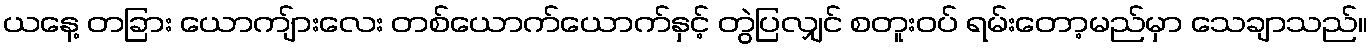
ယနေ့ တခြား ယောကျ်ားလေး တစ်ယောက်ယောက်နှင့် တွဲပြလျှင် စတူးဝပ် ရမ်းတော့မည်မှာ သေချာသည်။